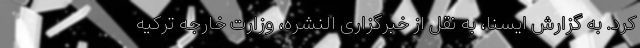
کرد. به گزارش ایسنا، به نقل از خبرگزاری النشره، وزارت خارجه ترکیه